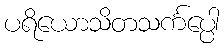
ပရိယောသိတသင်္ကပ္ပေါ